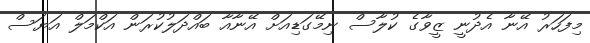
މިފަހަރު އޭނާ އެދުނީ ޒީވާގެ ކުލާސް ނިމޭގަޑިއަށް އޭނާއާ ބައްދަލުކުރަން އަކްމަލް އަޔަސް